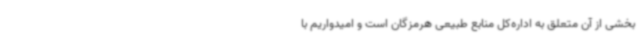
بخشی از آن متعلق به اداره‌کل منابع طبیعی هرمزگان است و امیدواریم با